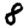
Digit: 8